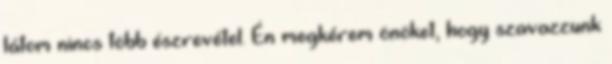
látom nincs több észrevétel. Én megkérem önöket, hogy szavazzunk